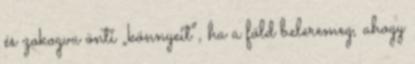
és zokogva önti „könnyeit”, ha a föld beleremeg, ahogy